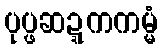
ပုပ္ဖဆဍ္ဍကကမ္မံ